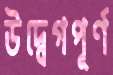
উদ্বেগপূর্ণ